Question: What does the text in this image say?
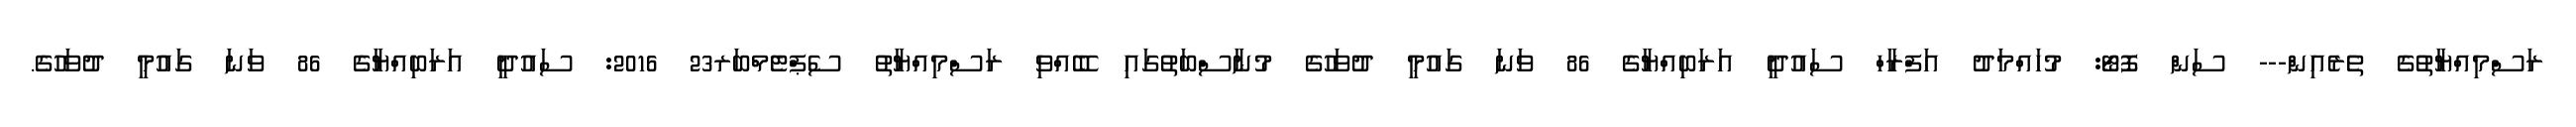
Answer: ރަސްމިއްޔާތުގެ ތެރެއިން--- ސަން ފޮޓޯ: މުހައްމަދު އަފްރާހް ސައުދީ އަރަބިއްޔާގެ 86 ވަނަ ގައުމީ ދުވަހުގެ މުނާސްބަތުގައި ބޭއްވި ރަސްމިއްޔާތު ސެޕްޓެމްބަރ23 2016: ސައުދީ އަރަބިއްޔާގެ 86 ވަނަ ގައުމީ ދުވަހުގެ.